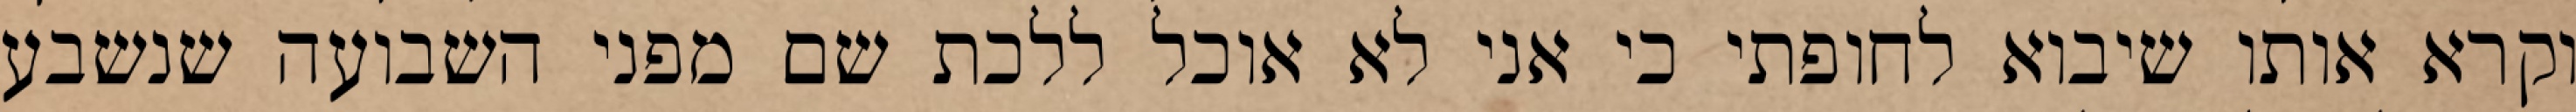
וקרא אותו שיבוא לחופתי כי אני לא אוכל ללכת שם מפני השבועה שנשבע